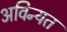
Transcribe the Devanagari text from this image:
अविन्यत